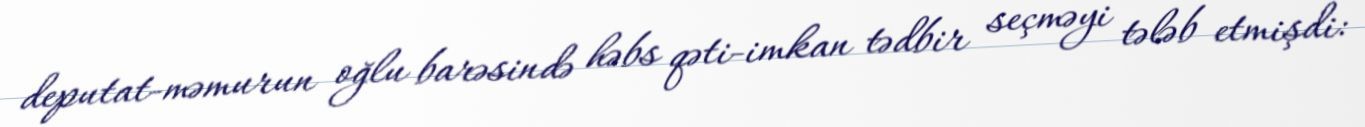
deputat-məmurun oğlu barəsində həbs qəti-imkan tədbir seçməyi tələb etmişdi: